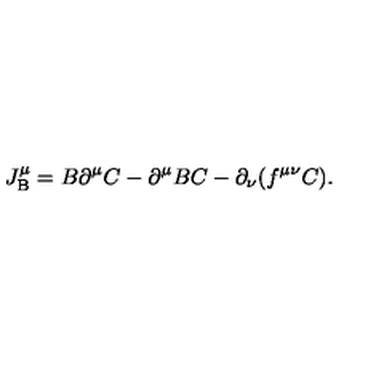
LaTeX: J _ { \mathrm { B } } ^ { \mu } = B \partial ^ { \mu } C - \partial ^ { \mu } B C - \partial _ { \nu } ( f ^ { \mu \nu } C ) .